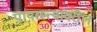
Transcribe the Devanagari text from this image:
पायरस्त्यांवरील